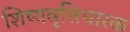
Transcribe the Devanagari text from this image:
शिष्यवृत्तिधारक